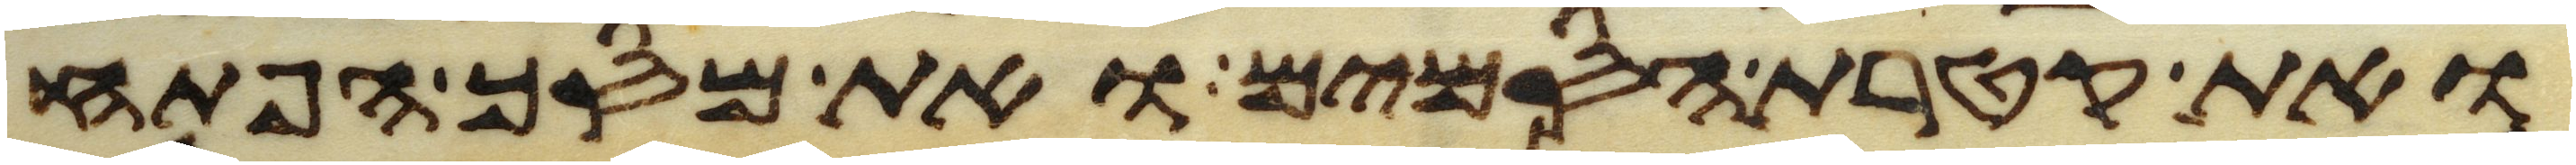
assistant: ואת קטרת הסמים ואת מסך הפתח